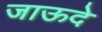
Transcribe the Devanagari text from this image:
जाऊदे